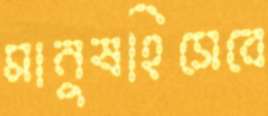
মানুষহিসেবে